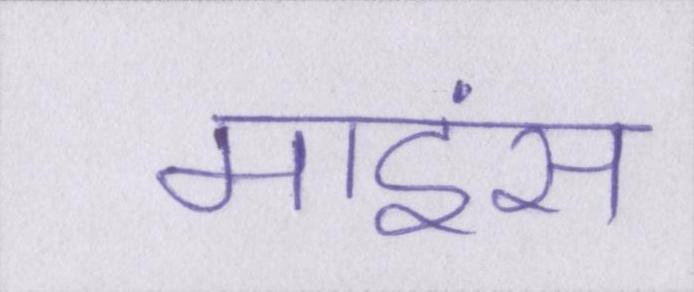
माइंस